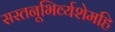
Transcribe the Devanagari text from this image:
सस्तनूभिर्व्यशेमहि